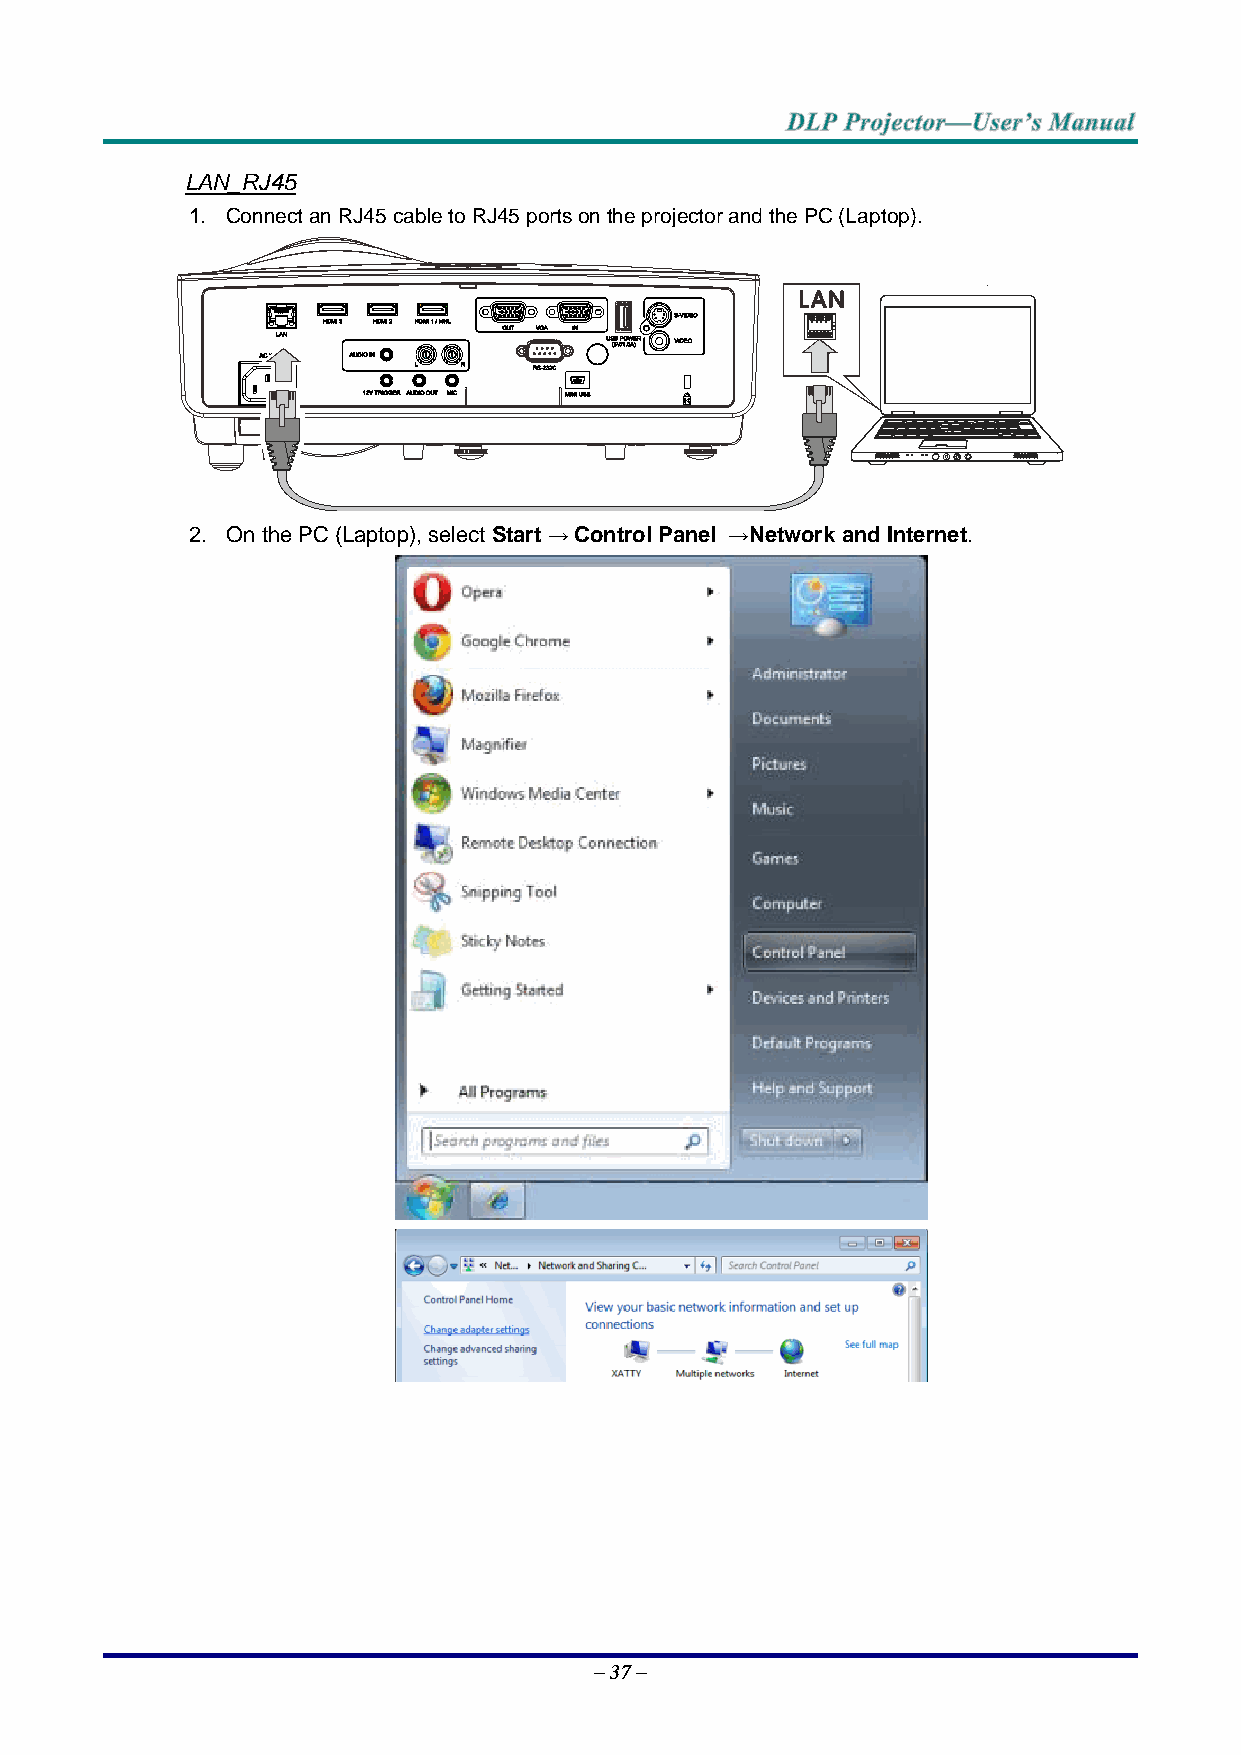
LAN_RJ45
 1. Connect an RJ45 cable to RJ45 ports on the projector and the PC (Laptop).
 2. On the PC (Laptop), select Start → Control Panel →Network and Internet.
 – 37 –